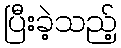
ပြီးခဲ့သည့်